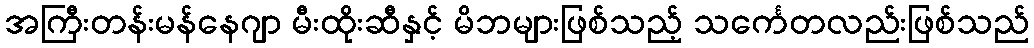
အကြီးတန်းမန်နေဂျာ မီးထိုးဆီနှင့် မိဘများဖြစ်သည့် သင်္ကေတလည်းဖြစ်သည်